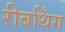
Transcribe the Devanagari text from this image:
रीबर्थिंग